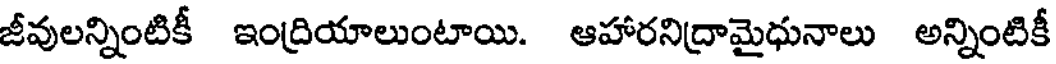
జీవులన్నింటికీ ఇంద్రియాలుంటాయి. ఆహారనిద్రామైధునాలు అన్నింటికీ